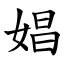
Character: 娼